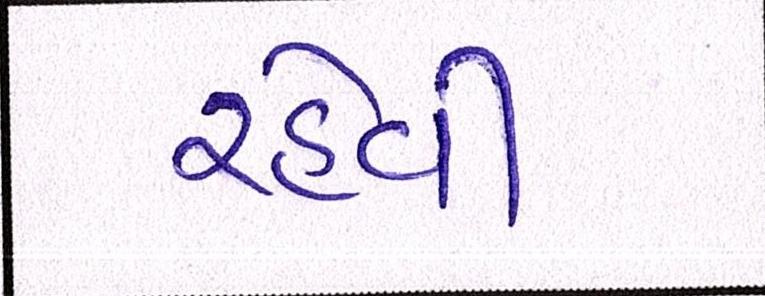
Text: રહેવી